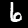
Label: 6